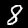
Digit: 8